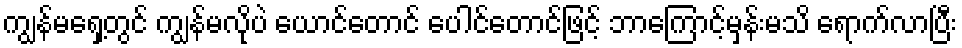
ကျွန်မရှေ့တွင် ကျွန်မလိုပဲ ယောင်တောင် ပေါင်တောင်ဖြင့် ဘာကြောင့်မှန်းမသိ ရောက်လာပြီး